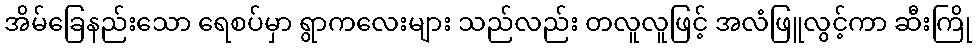
အိမ်ခြေနည်းသော ရေစပ်မှာ ရွာကလေးများ သည်လည်း တလူလူဖြင့် အလံဖြူလွင့်ကာ ဆီးကြို